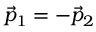
{ \vec { p } } _ { 1 } = - { \vec { p } } _ { 2 }